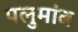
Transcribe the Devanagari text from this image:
पलुमांब